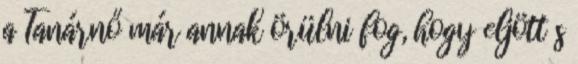
a Tanárnő már annak örülni fog, hogy eljött s